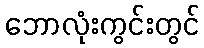
ဘောလုံးကွင်းတွင်